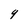
Character: 9